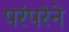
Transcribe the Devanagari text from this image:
परंंपरेने